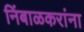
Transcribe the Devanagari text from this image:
निंबाळकरांना